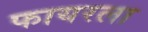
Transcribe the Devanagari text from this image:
फायरला